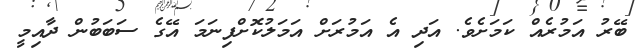
ބޭރު އަމުރެއް ކަމަށެވެ. އަދި އެ އަމުރަށް އަމަލުކޮށްފިނަމަ އޭގެ ސަބަބުން ދާއިމީ